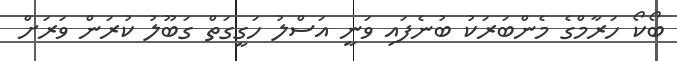
ބޯކޯ ހަރާމްގެ މެންބަރަކު ބުނެފައި ވަނީ އަސްލު ހަގީގަތް ގަބޫލު ކުރަން ވަރަށް